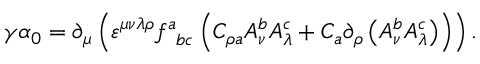
\gamma \alpha _ { 0 } = \partial _ { \mu } \left( \varepsilon ^ { \mu \nu \lambda \rho } f _ { \; \; b c } ^ { a } \left( C _ { \rho a } A _ { \nu } ^ { b } A _ { \lambda } ^ { c } + C _ { a } \partial _ { \rho } \left( A _ { \nu } ^ { b } A _ { \lambda } ^ { c } \right) \right) \right) .